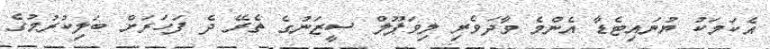
އެކަމަކު ޔުނައިޓެޑާ އެންމެ ވާދަވެރި ލިވަޕޫލް ސީޒަނުގެ ތެރޭ ދެ ފަހަރަށް ބަލިކުރުމުގެ